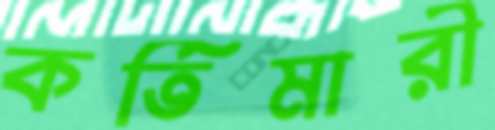
কর্তিমারী